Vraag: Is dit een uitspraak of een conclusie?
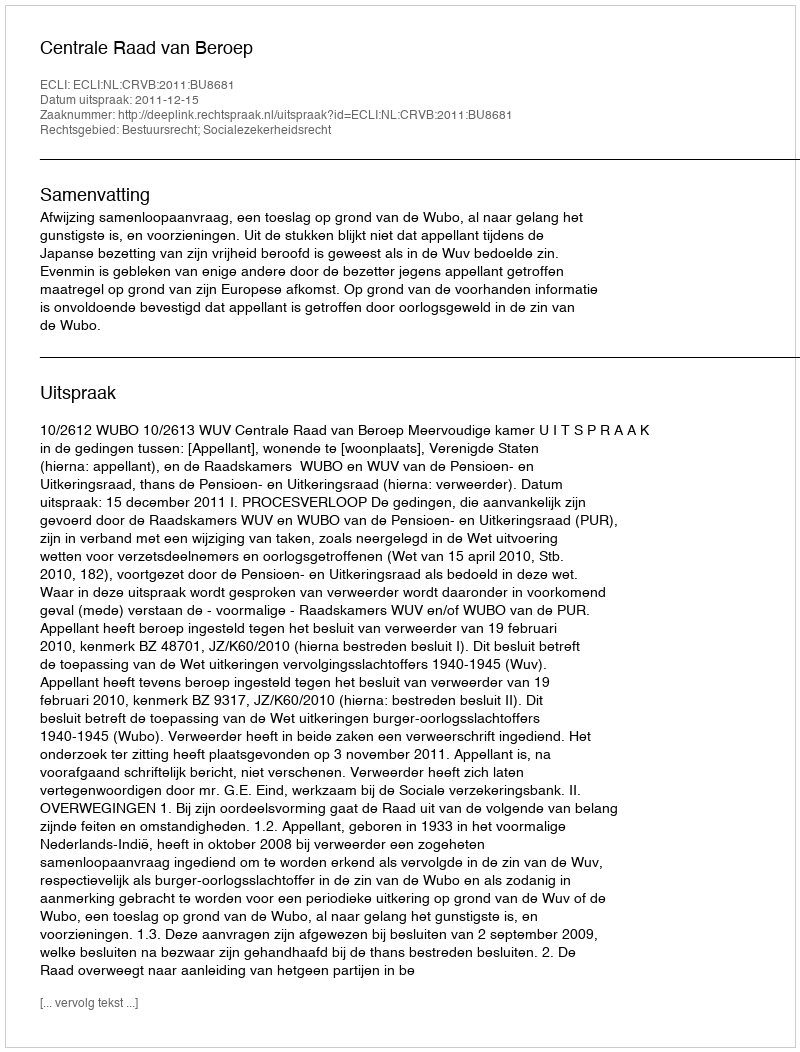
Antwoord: Uitspraak